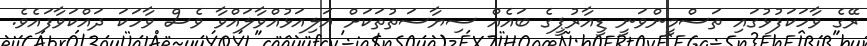
ރޭގެ ވާހަކަފުޅުގައި ތަސްމީންވަނީ ޑީއާރުޕީގެ ބައެއް ސިޔާސަތުތަކަށް އަލިއަޅުއްވާލައްވާ ވެސް ވާހަކަ ދައްކަވާފައެވެ.